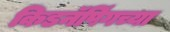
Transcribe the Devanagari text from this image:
किडनॅपिंगच्या